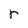
Character: r